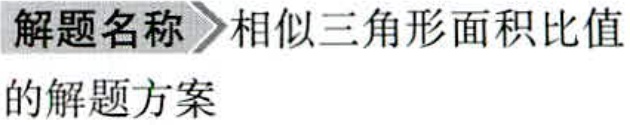
解题名称 相似三角形面积比值
的解题方案